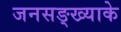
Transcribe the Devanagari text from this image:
जनसङ्ख्याके